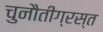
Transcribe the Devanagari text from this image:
चुनौतीग्रस्त